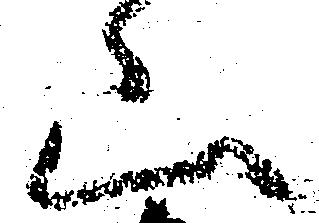
山